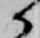
候